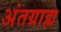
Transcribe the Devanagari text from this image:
अंतग्राह्म